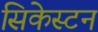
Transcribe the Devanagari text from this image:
सिकेस्टन